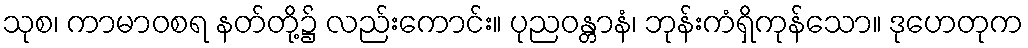
သုစ၊ ကာမာဝစရ နတ်တို့၌ လည်းကောင်း။ ပုညဝန္တာနံ၊ ဘုန်းကံရှိကုန်သော။ ဒုဟေတုက